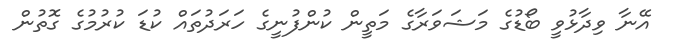
އޭނާ ވިދާޅުވީ ބޯޑުގެ މަޝަވަރާގެ މަތީން ކުންފުނީގެ ހަރަދުތައް ކުޑަ ކުރުމުގެ ގޮތުން